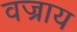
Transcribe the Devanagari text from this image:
वज्राय